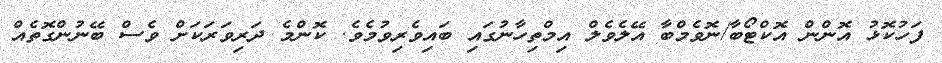
ފަހުކޮޅު އޮންން އޮކްޓޯބާ/ނޮވެމްބާ އޭލެވެލް އިމްތިހާނުގައި ބައިވެރިވުމެވެ. ކޮންމެ ދަރިވަރަކަށް ވެސް ބޭނުންގޮތެއް